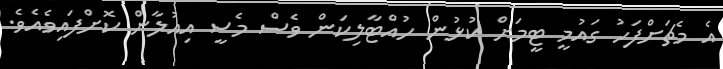
އެ މެޗަށްފަހު ގައުމީ ޓީމަށް ކުޅުން ހުއްޓާލިކަން ވެސް މެސީ އިއުލާން ކޮށްފައިވެއެވެ.